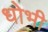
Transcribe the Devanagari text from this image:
धोभी